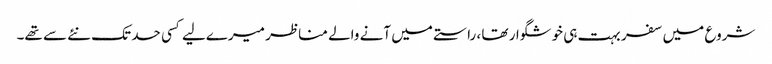
شروع میں سفر بہت ہی خوشگوار تھا ، راستے میں آنے والے مناظر میرےلیے کسی حد تک نئے سے تھے۔